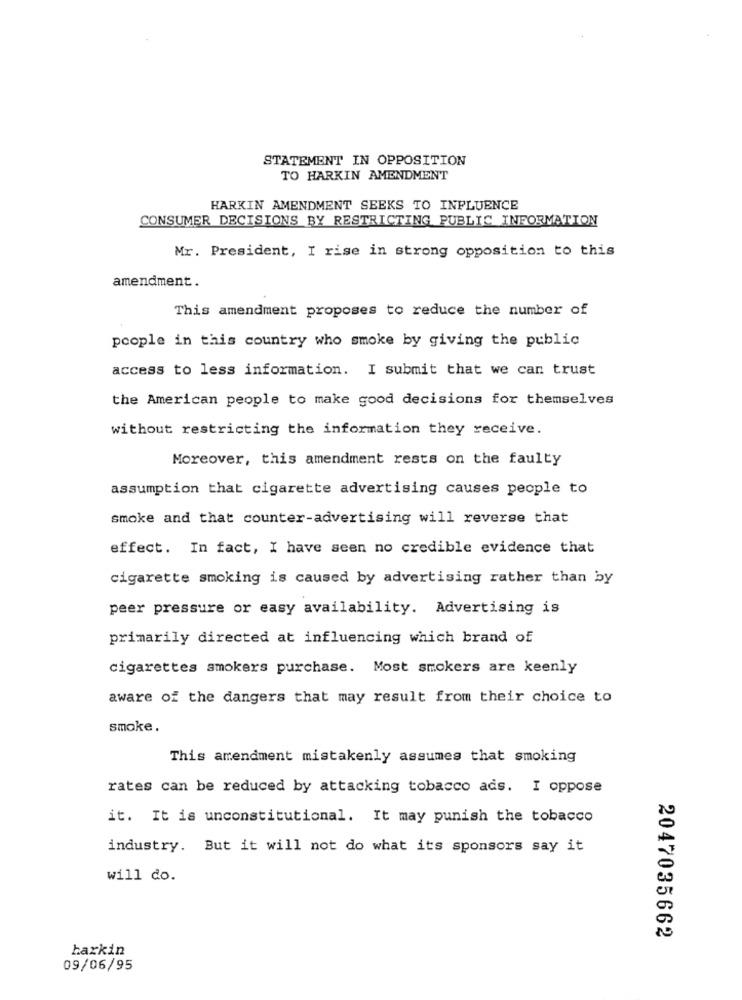
STATEMENT IN OPPOSITION
TO HARKIN AMENDMENT
HARKIN AMENDMENT SEEKS TO INFLUENCE
CONSUMER DECISIONS BY RESTRICTING PUBLIC INFORMATION
Mr. President, I rise in strong opposition to this
amendment.
This amendment proposes to reduce the number of
people in this country who smoke by giving the public
access to less information. I submit that we can trust
the American people to make good decisions for themselves
without restricting the information they receive.
Moreover, this amendment rests on the faulty
assumption that cigarette advertising causes people to
smoke and that counter-advertising will reverse that
effect. In fact, I have seen no credible evidence that
cigarette smoking is caused by advertising rather than by
peer pressure or easy availability. Advertising is
primarily directed at influencing which brand of
cigarettes smokers purchase. Most smokers are keenly
aware of the dangers that may result from their choice to
smoke.
This amendment mistakenly assumes that smoking
rates can be reduced by attacking tobacco ads. I oppose
it. It is unconstitutional. It may punish the tobacco
industry. But it will not do what its sponsors say it
will do.
2047035662
harkin
09/06/95